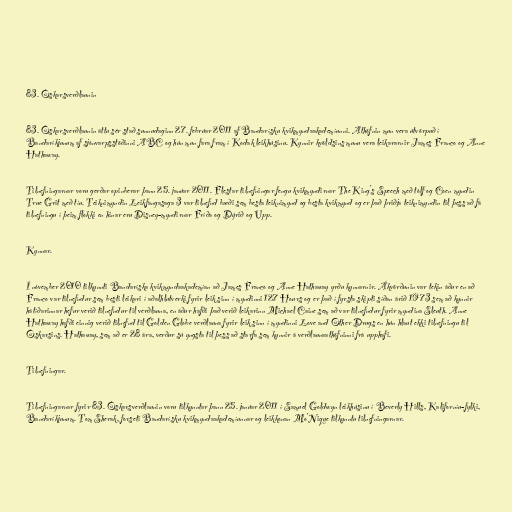
83. Óskarsverðlaunin

83. Óskarsverðlaunin áttu sér stað sunnudaginn 27. febrúar 2011 af Bandarísku kvikmyndaakademíunni. Athöfnin mun vera útvörpuð í
Bandaríkjunum af sjónvarpsstöðinni ABC og hún mun fara fram í Kodak leikhúsinu. Kynnir kvöldsins munu vera leikararnir James Franco og Anne
Hathaway.

Tilnefningarnar voru gerðar opinberar þann 25. janúar 2011. Flestar tilnefningar fengu kvikmyndirnar The King's Speech með tólf og Coen myndin
True Grit með tíu. Teiknimyndin Leikfangasaga 3 var tilnefnd bæði sem besta teiknimynd og besta kvikmynd og er það þriðja teiknimyndin til þess að fá
tilnefningu í þeim flokki en hinar eru Disney-myndirnar Fríða og Dýrið og Upp.

Kynnar.

Í nóvember 2010 tilkynnti Bandaríska kvikmyndaakademían að James Franco og Anne Hathaway yrðu kynnarnir. Ákvörðunin var tekin áður en að
Franco var tilnefndur sem besti leikari í aðalhlutverki fyrir leik sinn í myndinni 127 Hours og er það í fyrsta skipti síðan árið 1973 sem að kynnir
hátíðarinnar hefur verið tilnefndur til verðlauna, en áður hafði það verið leikarinn Michael Caine sem að var tilnefndur fyrir myndina Sleuth. Anne
Hathaway hafði einnig verið tilnefnd til Golden Globe verðlauna fyrir leik sinn í myndinni Love and Other Drugs en hún hlaut ekki tilnefningu til
Óskarsins. Hathaway, sem að er 28 ára, verður sú yngsta til þess að starfa sem kynnir á verðlaunaathöfninni frá upphafi.

Tilnefningar.

Tilnefningarnar fyrir 83. Óskarsverðlaunin voru tilkynntar þann 25. janúar 2011 í Samuel Goldwyn leikhúsinu í Beverly Hills, Kaliforníu-fylki,
Bandaríkjunum. Tom Sherak, forseti Bandarísku kvikmyndaakademíunnar og leikkonan Mo'Nique tilkynntu tilnefningarnar.